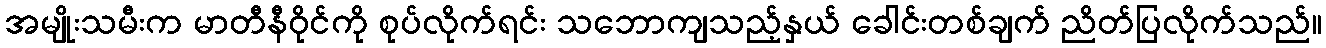
အမျိုးသမီးက မာတီနီဝိုင်ကို စုပ်လိုက်ရင်း သဘောကျသည့်နှယ် ခေါင်းတစ်ချက် ညိတ်ပြလိုက်သည်။